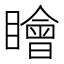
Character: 瞺